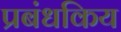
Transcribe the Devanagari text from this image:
प्रबंधकिय